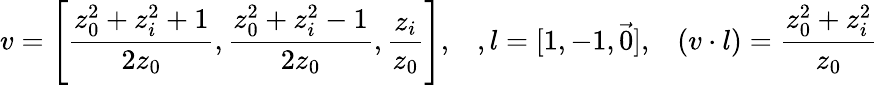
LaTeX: v=\left[{\frac{z_{0}^{2}+z_{i}^{2}+1}{2z_{0}}},{\frac{z_{0}^{2}+z_{i}^{2}-1}{2z_{0}}},{\frac{z_{i}}{z_{0}}}\right],\; \; \; ,l=[1,-1,\vec{0}],\; \; \; (v\cdot l)={\frac{z_{0}^{2}+z_{i}^{2}}{z_{0}}}